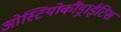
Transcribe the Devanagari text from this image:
ओस्टियोकौंड्राईटिस